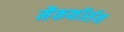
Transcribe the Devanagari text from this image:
मैकफॉर्सन